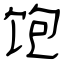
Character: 饱